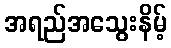
အရည်အသွေးနိမ့်